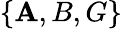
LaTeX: \{ \mathbf{A},B,G\}